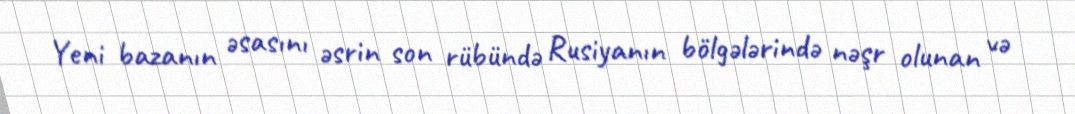
Yeni bazanın əsasını əsrin son rübündə Rusiyanın bölgələrində nəşr olunan və